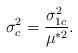
\begin{align*}\sigma_c^{2}=\frac{\sigma_{1c}^2}{\mu^{*2}}.\end{align*}